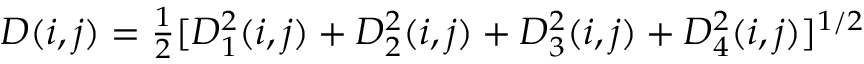
\begin{array} { r } { D ( i , j ) = \frac { 1 } { 2 } [ D _ { 1 } ^ { 2 } ( i , j ) + D _ { 2 } ^ { 2 } ( i , j ) + D _ { 3 } ^ { 2 } ( i , j ) + D _ { 4 } ^ { 2 } ( i , j ) ] ^ { 1 / 2 } } \end{array}